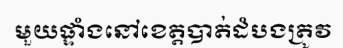
មួយផ្ទាំងនៅខេត្តបាត់ដំបងត្រូវ